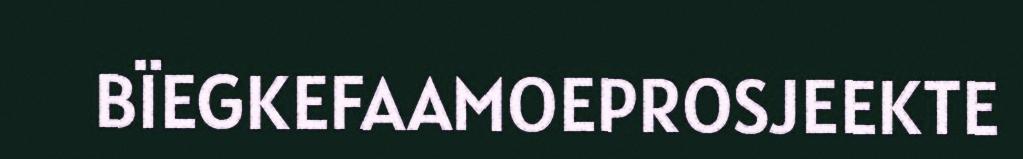
BÏEGKEFAAMOEPROSJEEKTE